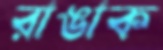
রাঙাক